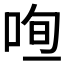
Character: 𠳉